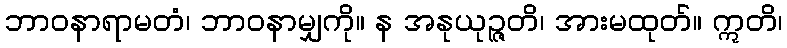
ဘာဝနာရာမတံ၊ ဘာဝနာမျှကို။ န အနုယုဉ္ဇတိ၊ အားမထုတ်။ ဣတိ၊